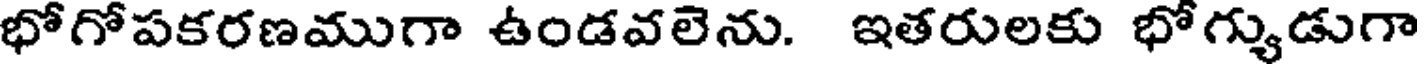
భోగోపకరణముగా ఉండవలెను. ఇతరులకు భోగ్యుడుగా